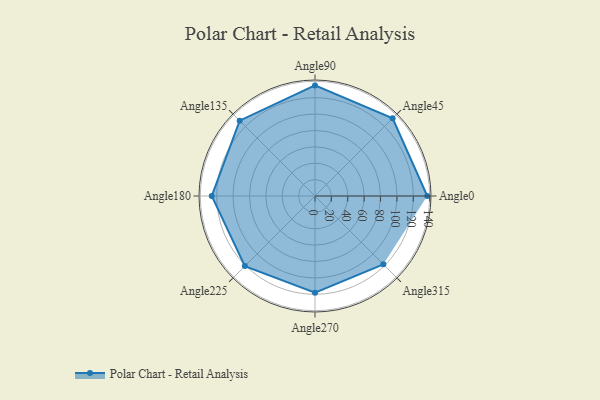
{"axis": {"x": "Angle", "y": "Radius"}, "legend": [""], "data": [{"x": "Angle0", "y": 137.0, "type": ""}, {"x": "Angle45", "y": 134.0, "type": ""}, {"x": "Angle90", "y": 135.0, "type": ""}, {"x": "Angle135", "y": 130.0, "type": ""}, {"x": "Angle180", "y": 126.0, "type": ""}, {"x": "Angle225", "y": 121.0, "type": ""}, {"x": "Angle270", "y": 118.0, "type": ""}, {"x": "Angle315", "y": 118.0, "type": ""}]}